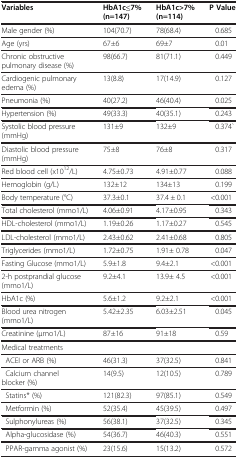
<table><thead><tr><td><b>Variables</b></td><td><b>HbA1c≤7% (n=147)</b></td><td><b>HbA1c&gt;7% (n=114)</b></td><td><b>P Value</b></td></tr></thead><tbody><tr><td>Male gender (%)</td><td>104(70.7)</td><td>78(68.4)</td><td>0.685</td></tr><tr><td>Age (yrs)</td><td>67±6</td><td>69±7</td><td>0.01</td></tr><tr><td>Chronic obstructive pulmonary disease (%)</td><td>98(66.7)</td><td>81(71.1)</td><td>0.449</td></tr><tr><td>Cardiogenic pulmonary edema (%)</td><td>13(8.8)</td><td>17(14.9)</td><td>0.127</td></tr><tr><td>Pneumonia (%)</td><td>40(27.2)</td><td>46(40.4)</td><td>0.025</td></tr><tr><td>Hypertension (%)</td><td>49(33.3)</td><td>40(35.1)</td><td>0.243</td></tr><tr><td>Systolic blood pressure (mmHg)</td><td>131±9</td><td>132±9</td><td>0.374`</td></tr><tr><td>Diastolic blood pressure (mmHg)</td><td>75±8</td><td>76±8</td><td>0.317</td></tr><tr><td>Red blood cell (x10<sup>12</sup>/L)</td><td>4.75±0.73</td><td>4.91±0.77</td><td>0.088</td></tr><tr><td>Hemoglobin (g/L)</td><td>132±12</td><td>134±13</td><td>0.199</td></tr><tr><td>Body temperature (°C)</td><td>37.3±0.1</td><td>37.4 ± 0.1</td><td>&lt;0.001</td></tr><tr><td>Total cholesterol (mmo1/L)</td><td>4.06±0.91</td><td>4.17±0.95</td><td>0.343</td></tr><tr><td>HDL-cholesterol (mmo1/L)</td><td>1.19±0.26</td><td>1.17±0.27</td><td>0.545</td></tr><tr><td>LDL-cholesterol (mmo1/L)</td><td>2.43±0.62</td><td>2.41±0.68</td><td>0.805</td></tr><tr><td>Triglycerides (mmo1/L)</td><td>1.72±0.75</td><td>1.91± 0.78</td><td>0.047</td></tr><tr><td>Fasting Glucose (mmo1/L)</td><td>5.9±1.8</td><td>9.4±2.1</td><td>&lt;0.001</td></tr><tr><td>2-h postprandial glucose (mmo1/L)</td><td>9.2±4.1</td><td>13.9± 4.5</td><td>&lt;0.001</td></tr><tr><td>HbA1c (%)</td><td>5.6±1.2</td><td>9.2±2.1</td><td>&lt;0.001</td></tr><tr><td>Blood urea nitrogen (mmo1/L)</td><td>5.42±2.35</td><td>6.03±2.51</td><td>0.045</td></tr><tr><td>Creatinine (μmo1/L)</td><td>87±16</td><td>91±18</td><td>0.59</td></tr><tr><td>Medical treatments</td><td> </td><td> </td><td> </td></tr><tr><td> ACEI or ARB (%)</td><td>46(31.3)</td><td>37(32.5)</td><td>0.841</td></tr><tr><td> Calcium channel blocker (%)</td><td>14(9.5)</td><td>12(10.5)</td><td>0.789</td></tr><tr><td> Statins* (%)</td><td>121(82.3)</td><td>97(85.1)</td><td>0.549</td></tr><tr><td> Metformin (%)</td><td>52(35.4)</td><td>45(39.5)</td><td>0.497</td></tr><tr><td> Sulphonylureas (%)</td><td>56(38.1)</td><td>37(32.5)</td><td>0.345</td></tr><tr><td> Alpha-glucosidase (%)</td><td>54(36.7)</td><td>46(40.3)</td><td>0.551</td></tr><tr><td> PPAR-gamma agonist (%)</td><td>23(15.6)</td><td>15(13.2)</td><td>0.572</td></tr></tbody></table>